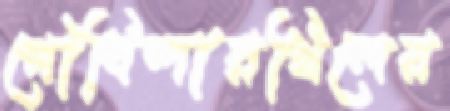
গৌবিন্দারখিলের